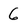
Character: 6